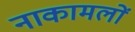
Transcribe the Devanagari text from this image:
नाकामलों